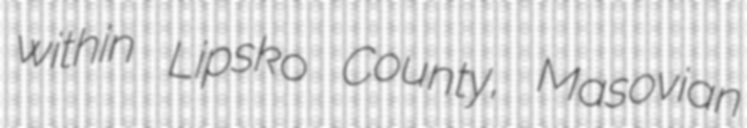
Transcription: within Lipsko County, Masovian